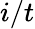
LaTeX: i/t